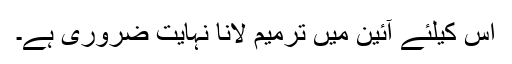
اس کیلئے آئین میں ترمیم لانا نہایت ضروری ہے۔